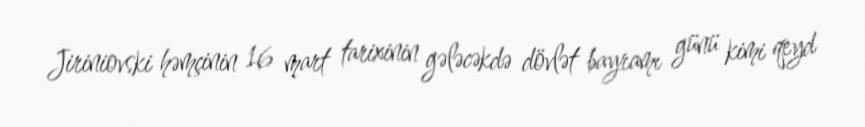
Jiriniovski həmçinin 16 mart tarixinin gələcəkdə dövlət bayramı günü kimi qeyd